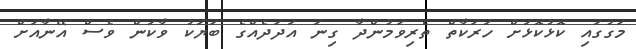
މަގުގައި ކޮޅުކޮޅަށް ހަރަކާތް ތެރިވަމުންދާ ގިނަ އަދަދެއްގެ ބަޔަކު ވާކަން ވެސް އޭނާއަށް